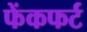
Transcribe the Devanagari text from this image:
फेंकफर्ट